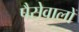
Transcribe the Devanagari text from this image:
पैसेवालों